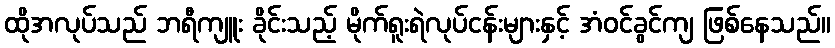
ထိုအလုပ်သည် ဘရီကျူး ခိုင်းသည့် မိုက်ရူးရဲလုပ်ငန်းများနှင့် အံဝင်ခွင်ကျ ဖြစ်နေသည်။